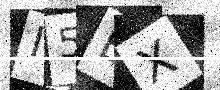
Text: I5EX